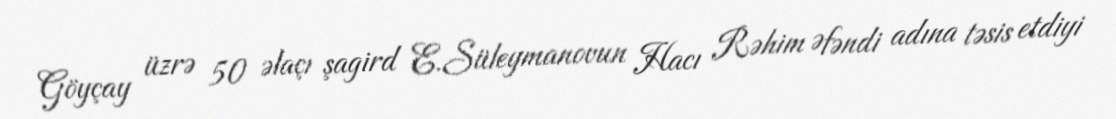
Göyçay üzrə 50 əlaçı şagird E.Süleymanovun Hacı Rəhim Əfəndi adına təsis etdiyi